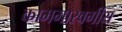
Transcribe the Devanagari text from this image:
कामगारवर्गीय